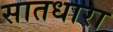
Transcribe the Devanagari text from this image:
सातधारा